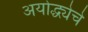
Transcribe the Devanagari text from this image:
अयोद्ध्येचे